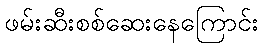
ဖမ်းဆီးစစ်ဆေးနေကြောင်း